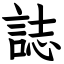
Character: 誌